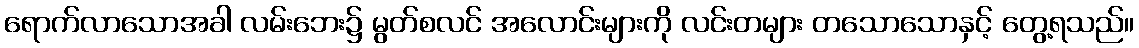
ရောက်လာသောအခါ လမ်းဘေး၌ မွတ်စလင် အလောင်းများကို လင်းတများ တသောသောနှင့် တွေ့ရသည်။